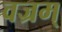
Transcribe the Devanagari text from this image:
वज्रम्